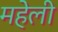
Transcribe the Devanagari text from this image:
महेली